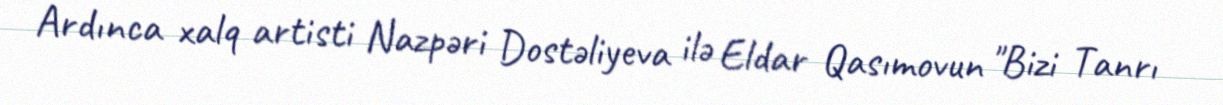
Ardınca xalq artisti Nazpəri Dostəliyeva ilə Eldar Qasımovun "Bizi Tanrı